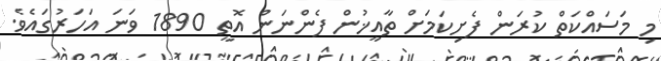
މި މަސައްކަތް ކުރަން ފެށިކަމަށް ތާއީޚުން ފެންނަން އޮތީ 1890 ވަނަ އަހަރުގައެވެ.